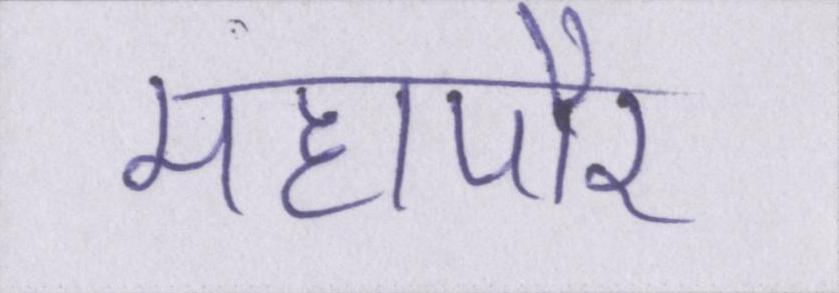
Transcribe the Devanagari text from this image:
महापौर